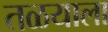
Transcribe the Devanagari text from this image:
तळयाला